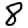
Digit: 8